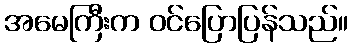
အမေကြီးက ဝင်ပြောပြန်သည်။